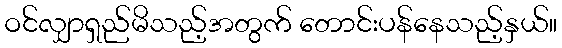
ဝင်လျှာရှည်မိသည့်အတွက် တောင်းပန်နေသည့်နှယ်။